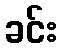
ခင်း